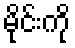
မိုင်းကို